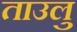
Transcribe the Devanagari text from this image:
ताउलु